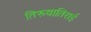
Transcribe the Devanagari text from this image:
तिरूवातिराई